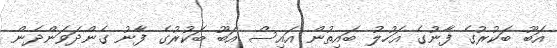
އަބޫ ބަކުރުގެ ފާނުގެ އަހުލު ބައިތުން އައިސް އަބޫ ބަކުރުގެ ފާނު ގެންދަވަންދެން